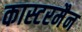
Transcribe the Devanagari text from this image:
कास्टरमैन